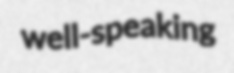
well-speaking